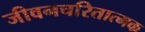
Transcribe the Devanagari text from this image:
जीवनचरितात्मक